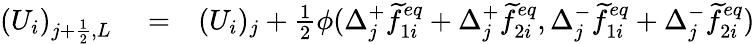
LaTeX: \begin{array}{rlr}{(U_{i})_{j+\frac{1}{2},L}}&{{}=}&{(U_{i})_{j}+\frac{1}{2}\phi(\Delta_{j}^{+}\widetilde{f}_{1i}^{eq}+\Delta_{j}^{+}\widetilde{f}_{2i}^{eq},\Delta_{j}^{-}\widetilde{f}_{1i}^{eq}+\Delta_{j}^{-}\widetilde{f}_{2i}^{eq})}\end{array}